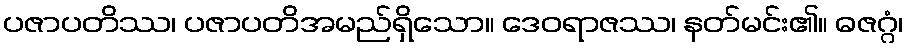
ပဇာပတိဿ၊ ပဇာပတိအမည်ရှိသော။ ဒေဝရာဇဿ၊ နတ်မင်း၏။ ဓဇဂ္ဂံ၊